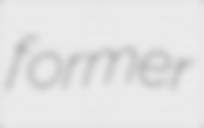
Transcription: former